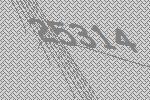
25314